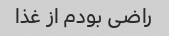
راضی بودم از غذا